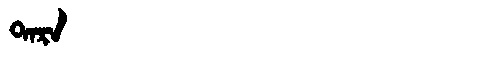
Manchu: ᡨᠠᡵᠠ
Romanization: TARA